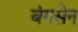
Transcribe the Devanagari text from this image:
बंगसेन